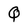
Character: Q